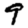
Digit: 9